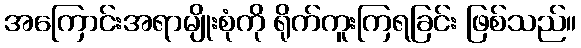
အကြောင်းအရာမျိုးစုံကို ရိုက်ကူးကြရခြင်း ဖြစ်သည်။